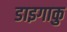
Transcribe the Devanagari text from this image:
डाइगाकु